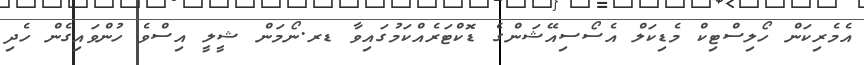
އެމެރިކަން ހޯލިސްޓިކް މެޑިކަލް އެސޯސިއޭޝަންގެ ޑޮކްޓަރެއްކަމުގައިވާ ޑރ.ނޯމަން ޝީލީ އިސްވެ ހުންވައިގެން ހެދި